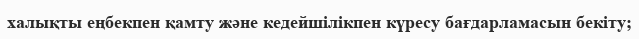
халықты еңбекпен қамту және кедейшілікпен күресу бағдарламасын бекіту;